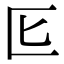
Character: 𭅔